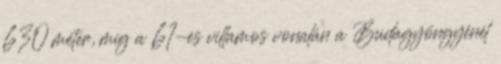
630 méter, míg a 61-es villamos vonalán a Budagyöngyénél